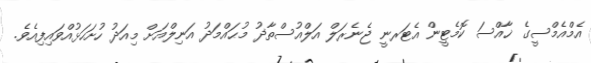
އެމްއެމްސީގެ ޚާއްސަ ކޮމެޓީން އެޓަރނީ ޖެނެރަލް އަލްއުސްތާޛު މުޙައްމަދު އަނިލްއަށް މިއަދު ހުށަހަޅުއްވައިފިއެވެ.